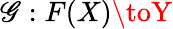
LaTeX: \mathscr{G}:F(X)\toY